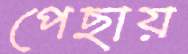
পেছায়